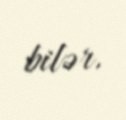
bilər.